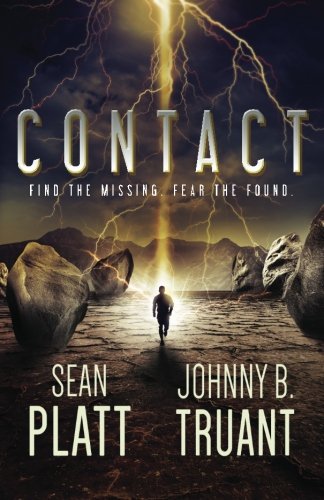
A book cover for Contact (Alien Invasion) (Volume 2); Sean Platt; Science Fiction & Fantasy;